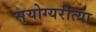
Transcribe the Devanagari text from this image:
सुयोग्यरीत्या